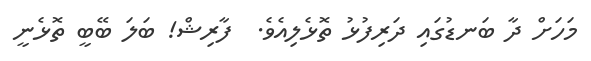
މަހަށް ދާ ބަނޑުގައި ދަރިފުޅު ތޮޅެލިއެވެ.  ފާރިޝް! ބަލަ ބޭބީ ތޮޅެނީ